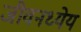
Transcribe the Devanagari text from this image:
जीवनध्येय